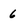
Character: 6